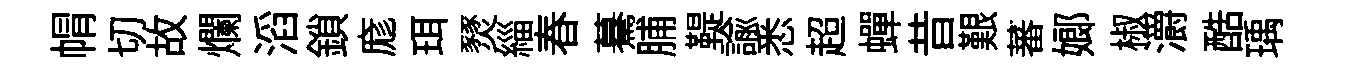
㡌切故爛滔鎖庬珥燹緇春驀脯鞮諭悉超蟬昔艱蕃嫏椒灂酷瑀